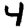
Digit: 4